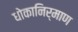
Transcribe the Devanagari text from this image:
धोकानिर्माण